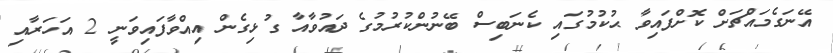
އޭނަގެމައްޗަށް ކޮށްފައިވާ ޙުކުމުގައި ކެނަބިސް ބޭނުންކުރުމުގެ ދައުވާއާ ގުޅިގެން އިއްވާފައިވަނީ 2 އަހަރާއި